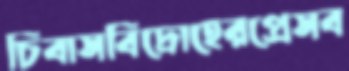
চিবাসবিদ্রোহেরপ্রেসব